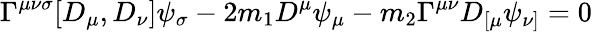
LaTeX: \Gamma^{\mu\nu\sigma}[D_{\mu},D_{\nu}]\psi_{\sigma}-2m_{1}D^{\mu}\psi_{\mu}-m_{2}\Gamma^{\mu\nu}D_{[\mu}\psi_{\nu]}=0